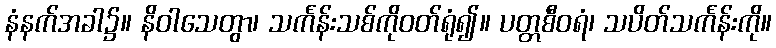
နံနက်အခါ၌။ နိဝါသေတွာ၊ သင်္ကန်းသစ်ကိုဝတ်ရုံ၍။ ပတ္တစီဝရံ၊ သပိတ်သင်္ကန်းကို။